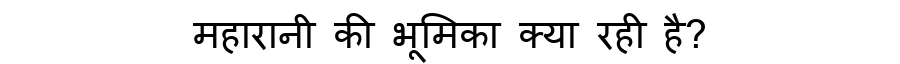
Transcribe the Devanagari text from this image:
महारानी की भूमिका क्या रही है?